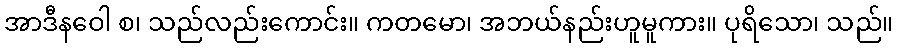
အာဒီနဝေါ စ၊ သည်လည်းကောင်း။ ကတမော၊ အဘယ်နည်းဟူမူကား။ ပုရိသော၊ သည်။